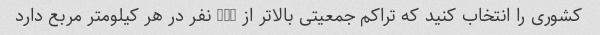
کشوری را انتخاب کنید که تراکم جمعیتی بالاتر از 450 نفر در هر کیلومتر مربع دارد